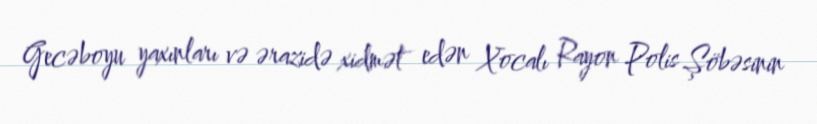
Gecəboyu yaxınları və ərazidə xidmət edən Xocalı Rayon Polis Şöbəsinin